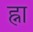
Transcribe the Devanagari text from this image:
ह्ना